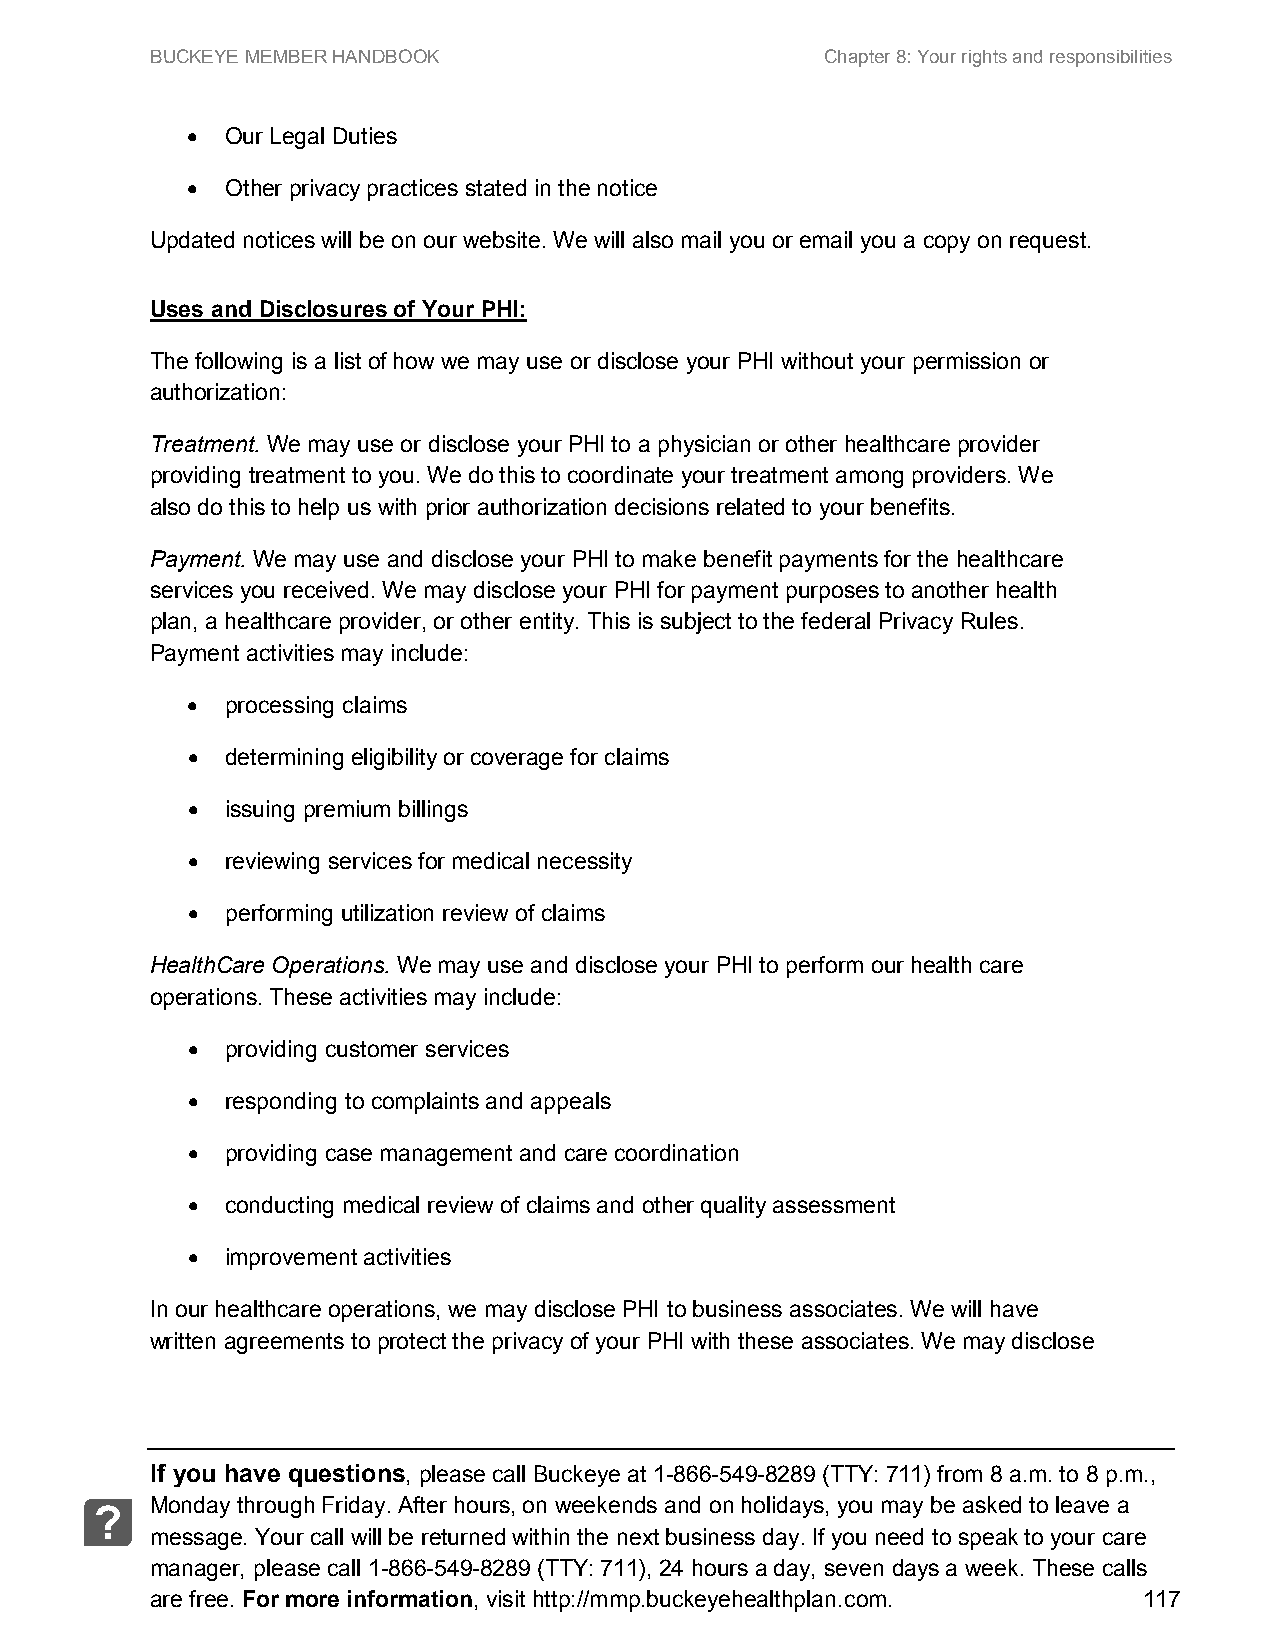
BUCKEYE MEMBER HANDBOOK                      Chapter 8: Your rights and responsibilities
 •  Our Legal Duties
 •  Other privacy practices stated in the notice
 Updated notices will be on our website. We will also mail you or email you a copy on request.
 Uses and Disclosures of Your PHI:
 The following is a list of how we may use or disclose your PHI without your permission or
 authorization:
 Treatment. We may use or disclose your PHI to a physician or other healthcare provider
 providing treatment to you. We do this to coordinate your treatment among providers. We
 also do this to help us with prior authorization decisions related to your benefits.
 Payment. We may use and disclose your PHI to make benefit payments for the healthcare
 services you received. We may disclose your PHI for payment purposes to another health
 plan, a healthcare provider, or other entity. This is subject to the federal Privacy Rules.
 Payment activities may include:
 •  processing claims
 •  determining eligibility or coverage for claims
 •  issuing premium billings
 •  reviewing services for medical necessity
 •  performing utilization review of claims
 HealthCare Operations. We may use and disclose your PHI to perform our health care
 operations. These activities may include:
 •  providing customer services
 •  responding to complaints and appeals
 •  providing case management and care coordination
 •  conducting medical review of claims and other quality assessment
 •  improvement activities
 In our healthcare operations, we may disclose PHI to business associates. We will have
 written agreements to protect the privacy of your PHI with these associates. We may disclose
 If you have questions, please call Buckeye at 1-866-549-8289 (TTY: 711) from 8 a.m. to 8 p.m.,
 Monday through Friday. After hours, on weekends and on holidays, you may be asked to leave a
 ?
 message. Your call will be returned within the next business day. If you need to speak to your care
 manager, please call 1-866-549-8289 (TTY: 711), 24 hours a day, seven days a week. These calls
 are free. For more information, visit http://mmp.buckeyehealthplan.com. 117